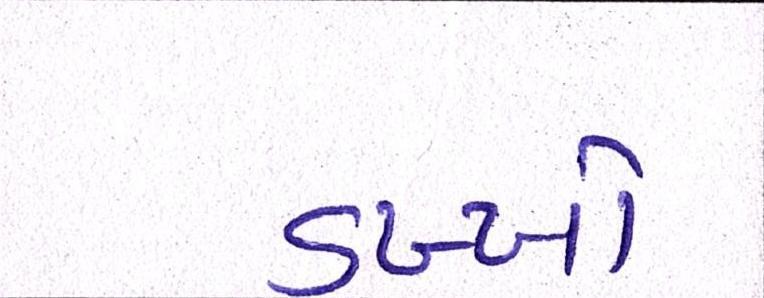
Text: ડખ્ખો